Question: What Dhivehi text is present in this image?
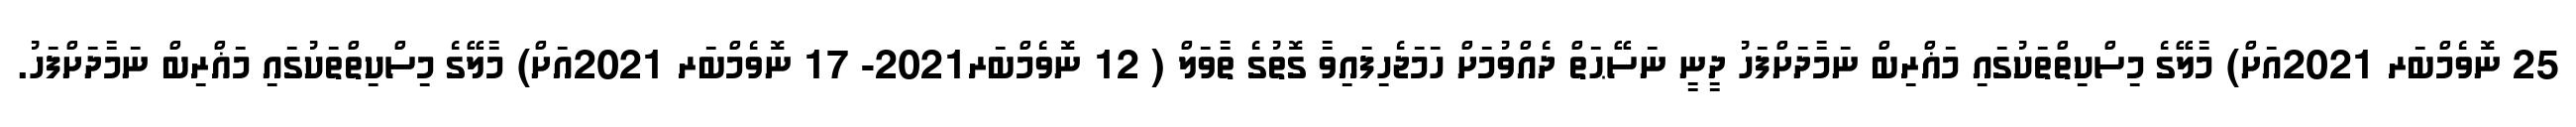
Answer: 25 ނޮވެމްބަރ 2021އަށް) މާލޭގެ މިސްކިތްތަކުގައި މަޣްރިބް ނަމާދަށްފަހު ދީނީ ނަސޭޙަތް ދެއްވުމަށް ހަމަޖެހިފައިވާ ގޮތުގެ ތާވަލް ( 12 ނޮވެމްބަރ2021- 17 ނޮވެމްބަރ 2021އަށް) މާލޭގެ މިސްކިތްތަކުގައި މަޣްރިބް ނަމާދަށްފަހު.